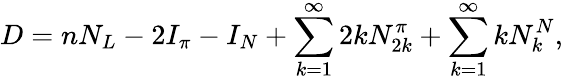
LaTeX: D=nN_{L}-2I_{\pi}-I_{N}+\sum_{k=1}^{\infty}2kN_{2k}^{\pi}+\sum_{k=1}^{\infty}kN_{k}^{N},